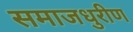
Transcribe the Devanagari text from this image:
समाजधुरीण